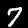
Label: 7